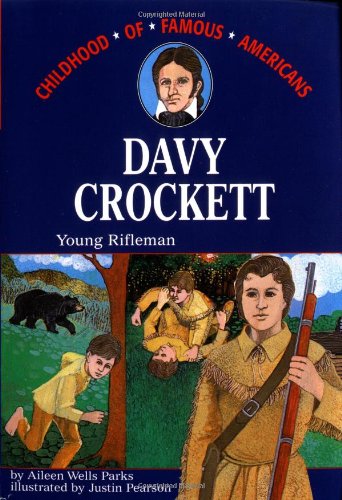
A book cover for Davy Crockett: Young Rifleman (Childhood of Famous Americans); Aileen Wells Parks; Children's Books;